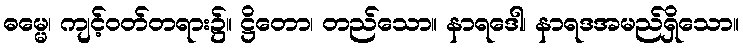
ဓမ္မေ၊ ကျင့်ဝတ်တရား၌။ ဋ္ဌိတော၊ တည်သော။ နာရဒေါ၊ နာရဒအမည်ရှိသော။